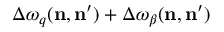
\Delta \omega _ { q } ( \mathbf { n } , \mathbf { n ^ { \prime } } ) + \Delta \omega _ { \beta } ( \mathbf { n } , \mathbf { n ^ { \prime } } )